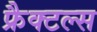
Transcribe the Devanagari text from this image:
फ्रैक्टल्स